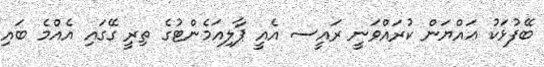
ބޭފުޅަކު ޢައްޔަން ކުރައްވަނީ ރައީސ އެއީ ޕާލިއަމެންޓުގެ ތިރީ ގޭގައި އެއްމެ ބައި